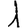
Digit: 1